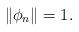
LaTeX: \begin{align*}\|\phi_n\|=1.\end{align*}